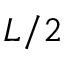
L / 2